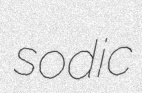
sodic